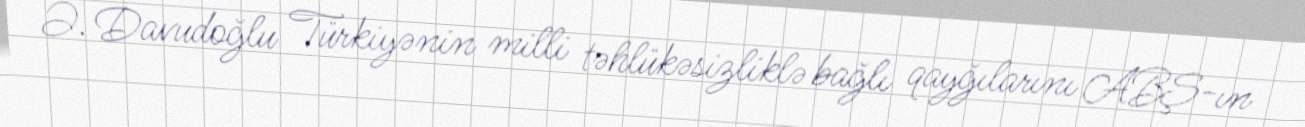
Ə. Davudoğlu Türkiyənin milli təhlükəsizliklə bağlı qayğılarını ABŞ-ın